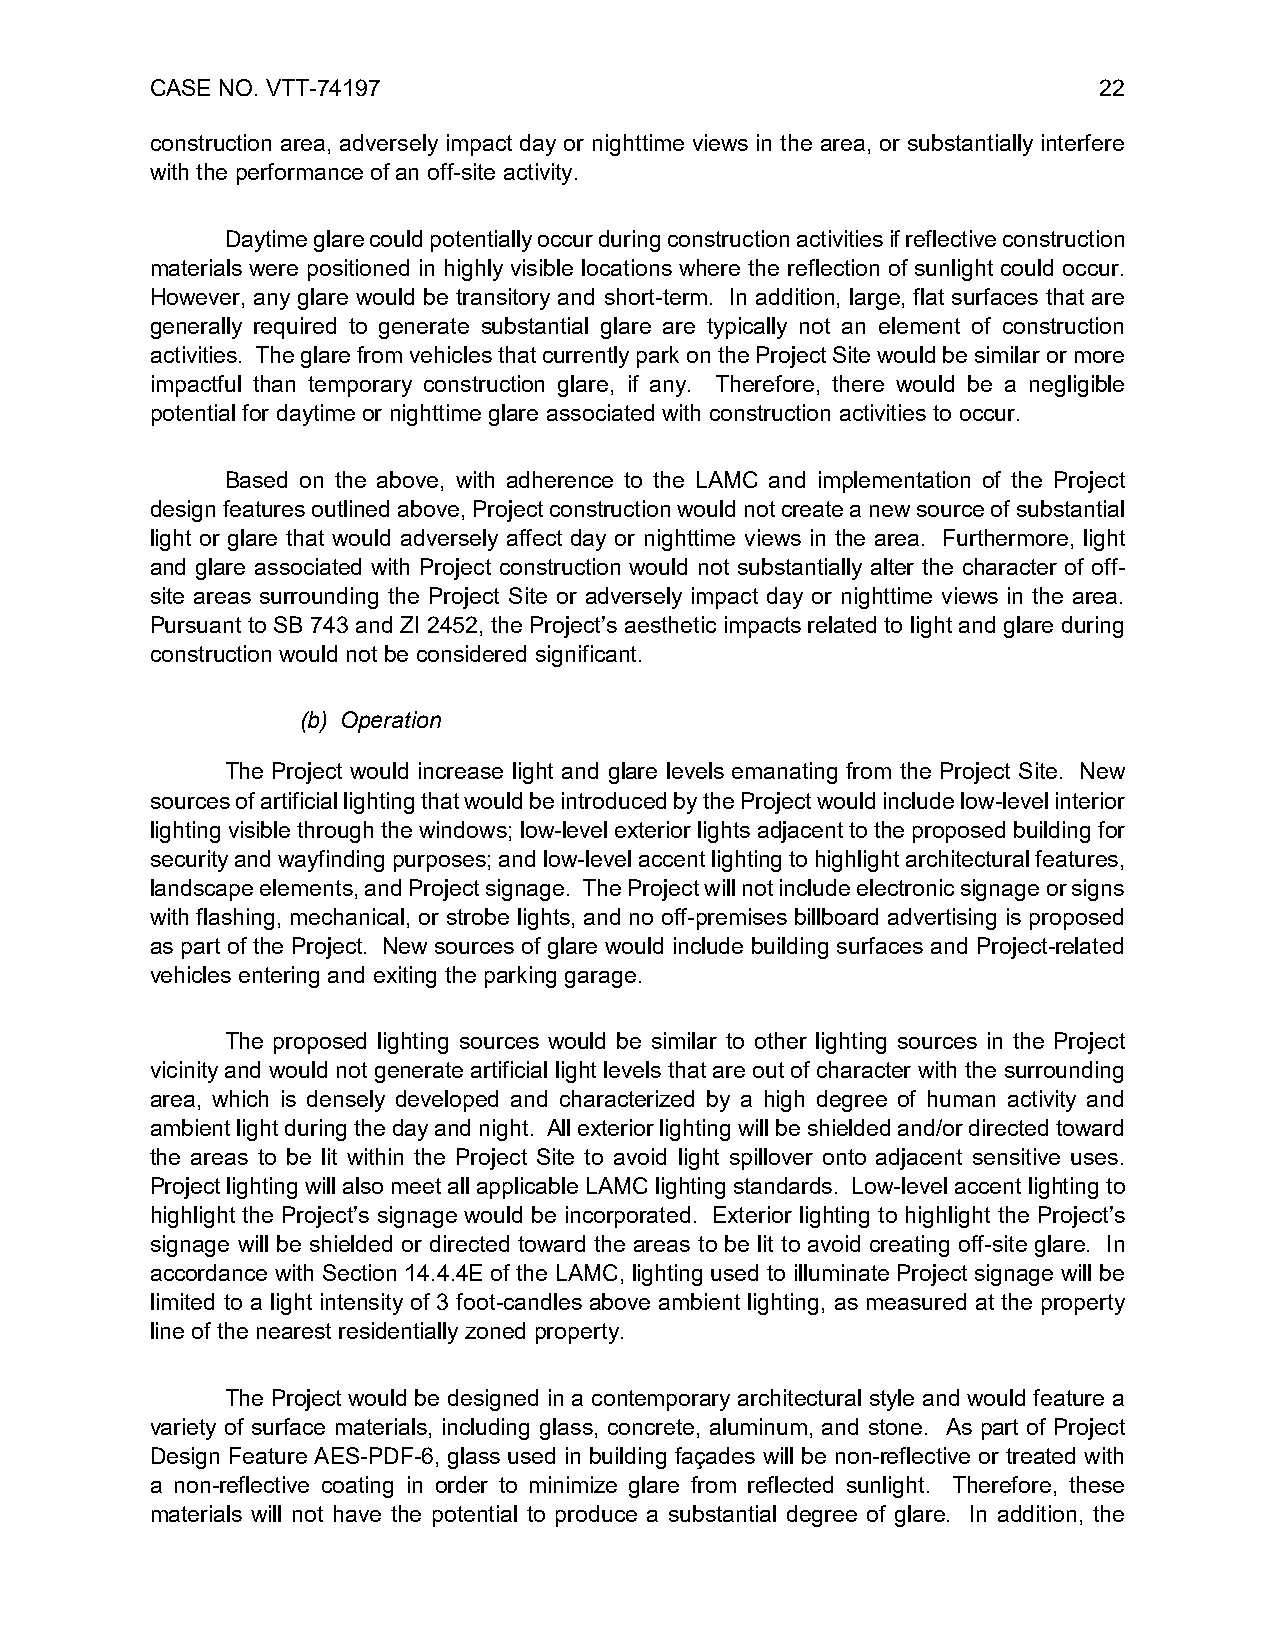
CASE NO. VTT-74197                                             22
 construction area, adversely impact day or nighttime views in the area, or substantially interfere
 with the performance of an off-site activity.
 Daytime glare could potentially occur during construction activities if reflective construction
 materials were positioned in highly visible locations where the reflection of sunlight could occur.
 However, any glare would be transitory and short-term. In addition, large, flat surfaces that are
 generally required to generate substantial glare are typically not an element of construction
 activities. The glare from vehicles that currently park on the Project Site would be similar or more
 impactful than temporary construction glare, if any. Therefore, there would be a negligible
 potential for daytime or nighttime glare associated with construction activities to occur.
 Based on the above, with adherence to the LAMC and implementation of the Project
 design features outlined above, Project construction would not create a new source of substantial
 light or glare that would adversely affect day or nighttime views in the area. Furthermore, light
 and glare associated with Project construction would not substantially alter the character of off-
 site areas surrounding the Project Site or adversely impact day or nighttime views in the area.
 Pursuant to SB 743 and ZI 2452, the Project’s aesthetic impacts related to light and glare during
 construction would not be considered significant.
 (b) Operation
 The Project would increase light and glare levels emanating from the Project Site. New
 sources of artificial lighting that would be introduced by the Project would include low-level interior
 lighting visible through the windows; low-level exterior lights adjacent to the proposed building for
 security and wayfinding purposes; and low-level accent lighting to highlight architectural features,
 landscape elements, and Project signage. The Project will not include electronic signage or signs
 with flashing, mechanical, or strobe lights, and no off-premises billboard advertising is proposed
 as part of the Project. New sources of glare would include building surfaces and Project-related
 vehicles entering and exiting the parking garage.
 The proposed lighting sources would be similar to other lighting sources in the Project
 vicinity and would not generate artificial light levels that are out of character with the surrounding
 area, which is densely developed and characterized by a high degree of human activity and
 ambient light during the day and night. All exterior lighting will be shielded and/or directed toward
 the areas to be lit within the Project Site to avoid light spillover onto adjacent sensitive uses.
 Project lighting will also meet all applicable LAMC lighting standards. Low-level accent lighting to
 highlight the Project’s signage would be incorporated. Exterior lighting to highlight the Project’s
 signage will be shielded or directed toward the areas to be lit to avoid creating off-site glare. In
 accordance with Section 14.4.4E of the LAMC, lighting used to illuminate Project signage will be
 limited to a light intensity of 3 foot-candles above ambient lighting, as measured at the property
 line of the nearest residentially zoned property.
 The Project would be designed in a contemporary architectural style and would feature a
 variety of surface materials, including glass, concrete, aluminum, and stone. As part of Project
 Design Feature AES-PDF-6, glass used in building façades will be non-reflective or treated with
 a non-reflective coating in order to minimize glare from reflected sunlight. Therefore, these
 materials will not have the potential to produce a substantial degree of glare. In addition, the